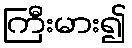
ကြီးမား၍